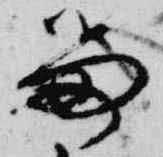
留